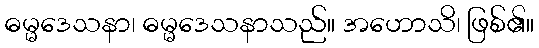
ဓမ္မဒေသနာ၊ ဓမ္မဒေသနာသည်။ အဟောသိ၊ ဖြစ်၏။